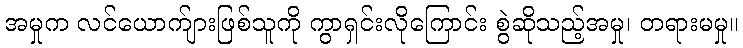
အမှုက လင်ယောက်ျားဖြစ်သူကို ကွာရှင်းလိုကြောင်း စွဲဆိုသည့်အမှု၊ တရားမမှု။